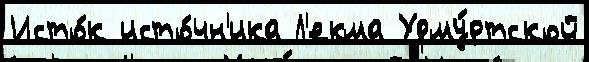
Исто́к исто́чн'ика Л'екма Удму́ртской